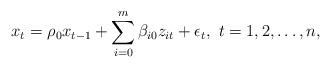
LaTeX: \begin{align*}x_t=\rho_0 x_{t-1}+\sum_{i=0}^m\beta_{i0}z_{it}+\epsilon_t,~t=1,2,\ldots,n,\end{align*}